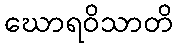
ဃောရဝိသာတိ